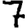
Digit: 7